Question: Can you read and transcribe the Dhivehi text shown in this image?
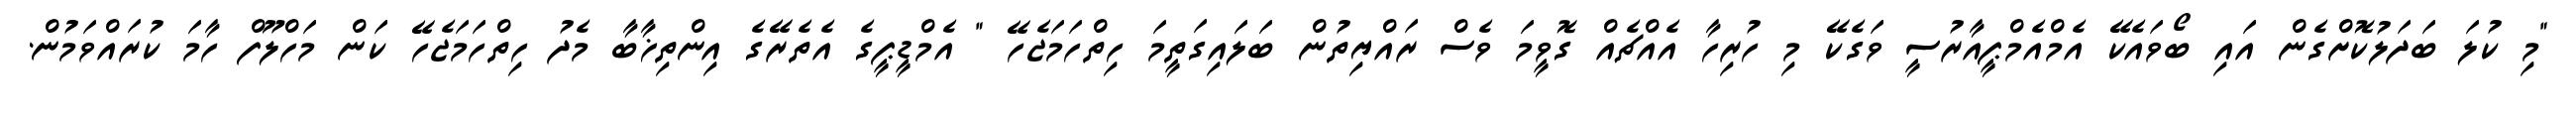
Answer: "މި ކުލަ ބަދަލުކޮށްގެން އައި ބޯވައެކޭ އެމްއެމްޕީއާރުސީ ވަގެކޭ މި ހުރިހާ އެއްޗެއް ގޮވީމަ ވެސް ރައްޔިތުން ބަލައިގަތީމަ ހިތްހަމަޖެހޭ " އެމްޑީޕީގެ އެތެރޭގެ އިންތިޚާބާ މެދު ހިތްހަމަޖެހޭ ކަން މަހްލޫފް ހާމަ ކުރައްވަމުން.